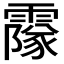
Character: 𩅥